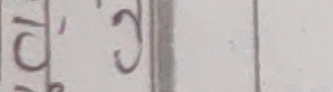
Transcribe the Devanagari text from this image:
१० द१ ३